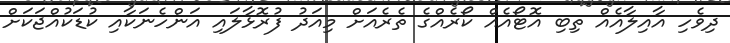
ދިވެހި އާއިލާއެއް ތިބި އޮޓޯއެއް ކޯރެއްގެ ތެރެއަށް މިއަދު ފުރޮޅާލައި އަންހެނަކާއި ކުޑަކުއްޖަކަށް